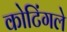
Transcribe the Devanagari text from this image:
कोटिंगले